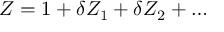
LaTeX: Z = 1 + \delta Z _ { 1 } + \delta Z _ { 2 } + \ldots